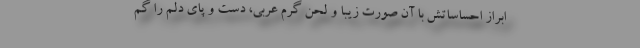
ابراز احساساتش با آن صورت زیبا و لحن گرم عربی، دست و پای دلم را گم